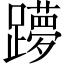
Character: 𲄌